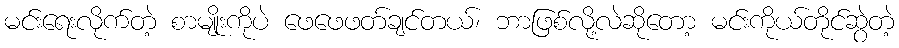
မင်းရေးလိုက်တဲ့ စာမျိုးကိုပဲ ဖေဖေဖတ်ချင်တယ်၊ ဘာဖြစ်လို့လဲဆိုတော့ မင်းကိုယ်တိုင်ဆွဲတဲ့